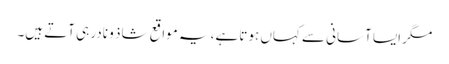
مگر ایسا آسانی سے کہاں ہوتا ہے، یہ مواقع شاذ و نادر ہی آتے ہیں۔